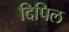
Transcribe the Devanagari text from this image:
दिपिल